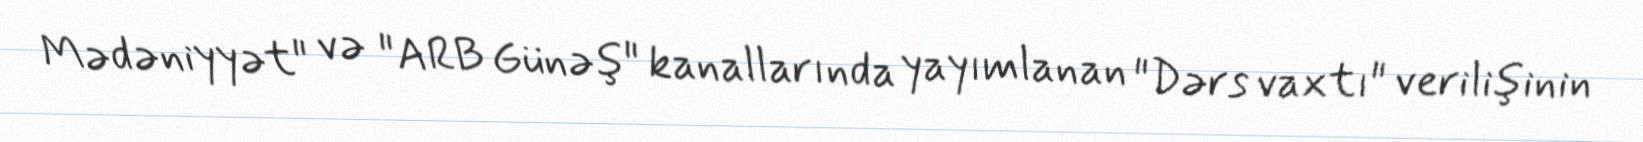
Mədəniyyət" və "ARB Günəş" kanallarında yayımlanan "Dərs vaxtı" verilişinin